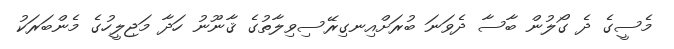
މެސީގެ ދެ ގޯލުން ބާސާ ދެވަނަ ބުރަށްއިނގިރޭސިވިލާތުގެ ޤާނޫނު ހަދާ މަޖިލީހުގެ މެންބަރަކު